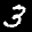
Label: 3